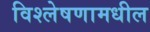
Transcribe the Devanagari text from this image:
विश्लेषणामधील